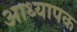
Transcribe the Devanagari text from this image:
आध्यापक